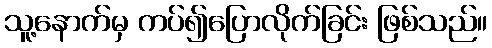
သူ့နောက်မှ ကပ်၍ပြောလိုက်ခြင်း ဖြစ်သည်။